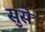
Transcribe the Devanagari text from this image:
सुसे